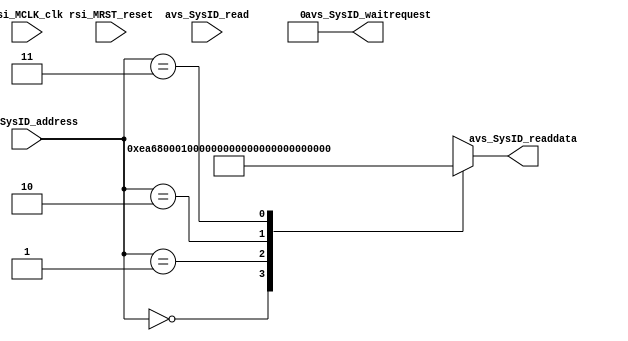
module basic_SysID(
//Avalon System control signal.
input					rsi_MRST_reset,	// reset_n from MCU GPIO
input					csi_MCLK_clk,

//Avalon-MM LED Control.
output	[31:0]	avs_SysID_readdata,
input		[1:0]		avs_SysID_address,
input					avs_SysID_read,
output				avs_SysID_waitrequest
);

reg		[31:0]	out_data;

assign	avs_SysID_readdata = out_data;
assign	avs_SysID_waitrequest = 1'b0;

always@(avs_SysID_address)
begin:MUX
	case(avs_SysID_address)
		0: out_data <= {16'hEA68, 16'h0001};
		1: out_data <= {16'h0000, 16'h0000};
		2: out_data <= 32'hA5A5A5A5;
		3: out_data <= 32'h5A5A5A5A;
	endcase
end

endmodule